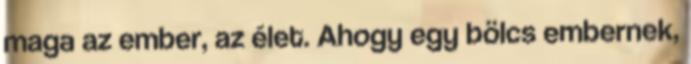
maga az ember, az élet. Ahogy egy bölcs embernek,